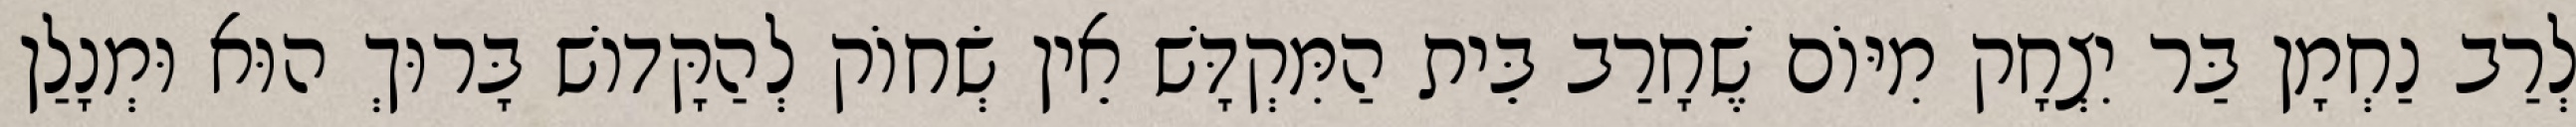
לְרַב נַחְמָן בַּר יִצְחָק מִיּוֹם שֶׁחָרַב בֵּית הַמִּקְדָּשׁ אֵין שְׂחוֹק לְהַקָּדוֹשׁ בָּרוּךְ הוּא וּמְנָלַן